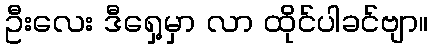
ဦးလေး ဒီရှေ့မှာ လာ ထိုင်ပါခင်ဗျာ။